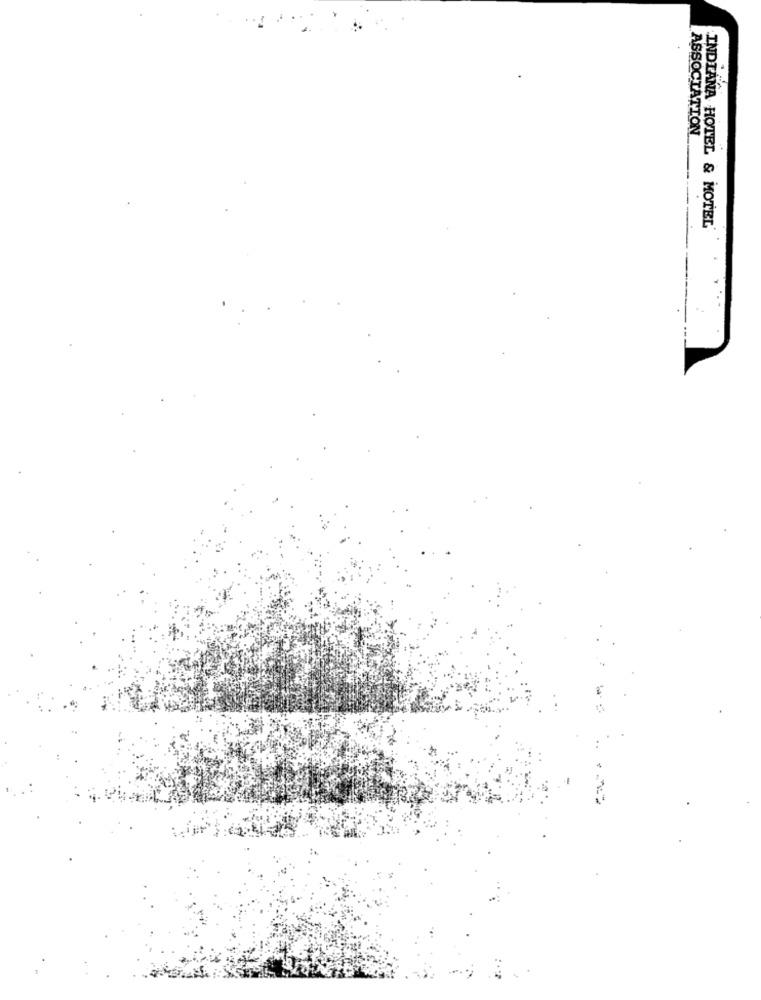
ASSOCIATION
INDIANA HOTEL & MOTEL